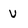
Character: u